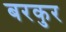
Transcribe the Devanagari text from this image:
बरकुर